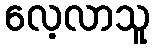
လေ့လာသူ